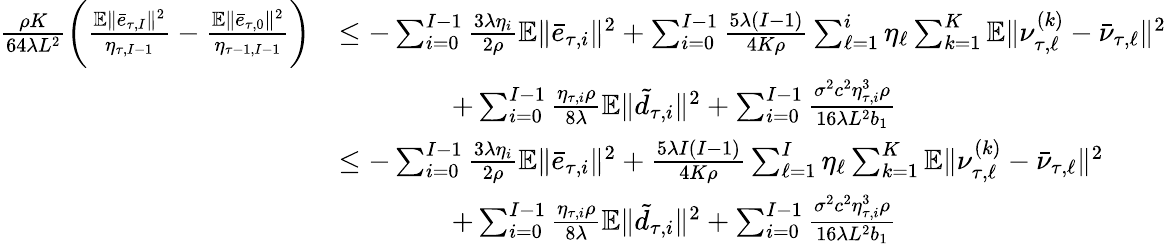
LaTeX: \begin{array}{rl}{\frac{\rho K}{64\lambda L^{2}}\bigg(\frac{\mathbb{E}\| \bar{e}_{\tau,I}\| ^{2}}{\eta_{\tau,I-1}}-\frac{\mathbb{E}\| \bar{e}_{\tau,0}\| ^{2}}{\eta_{\tau-1,I-1}}\bigg)}&{\leq-\sum_{i=0}^{I-1}\frac{3\lambda\eta_{i}}{2\rho}\mathbb{E}\| \bar{e}_{\tau,i}\| ^{2}+\sum_{i=0}^{I-1}\frac{5\lambda(I-1)}{4K\rho}\sum_{\ell=1}^{i}\eta_{\ell}\sum_{k=1}^{K}\mathbb{E}\| \nu_{\tau,\ell}^{(k)}-\bar{\nu}_{\tau,\ell}\| ^{2}}\\ &{\qquad\qquad+\sum_{i=0}^{I-1}\frac{\eta_{\tau,i}\rho}{8\lambda}\mathbb{E}\| \tilde{d}_{\tau,i}\| ^{2}+\sum_{i=0}^{I-1}\frac{\sigma^{2}c^{2}\eta_{\tau,i}^{3}\rho}{16\lambda L^{2}b_{1}}}\\ &{\leq-\sum_{i=0}^{I-1}\frac{3\lambda\eta_{i}}{2\rho}\mathbb{E}\| \bar{e}_{\tau,i}\| ^{2}+\frac{5\lambda I(I-1)}{4K\rho}\sum_{\ell=1}^{I}\eta_{\ell}\sum_{k=1}^{K}\mathbb{E}\| \nu_{\tau,\ell}^{(k)}-\bar{\nu}_{\tau,\ell}\| ^{2}}\\ &{\qquad\qquad+\sum_{i=0}^{I-1}\frac{\eta_{\tau,i}\rho}{8\lambda}\mathbb{E}\| \tilde{d}_{\tau,i}\| ^{2}+\sum_{i=0}^{I-1}\frac{\sigma^{2}c^{2}\eta_{\tau,i}^{3}\rho}{16\lambda L^{2}b_{1}}}\end{array}